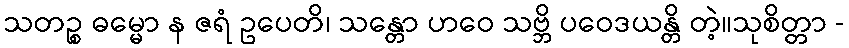
သတဉ္စ ဓမ္မော န ဇရံ ဥပေတိ၊ သန္တော ဟဝေ သဗ္ဘိ ပဝေဒယန္တိ တဲ့။သုစိတ္တာ -